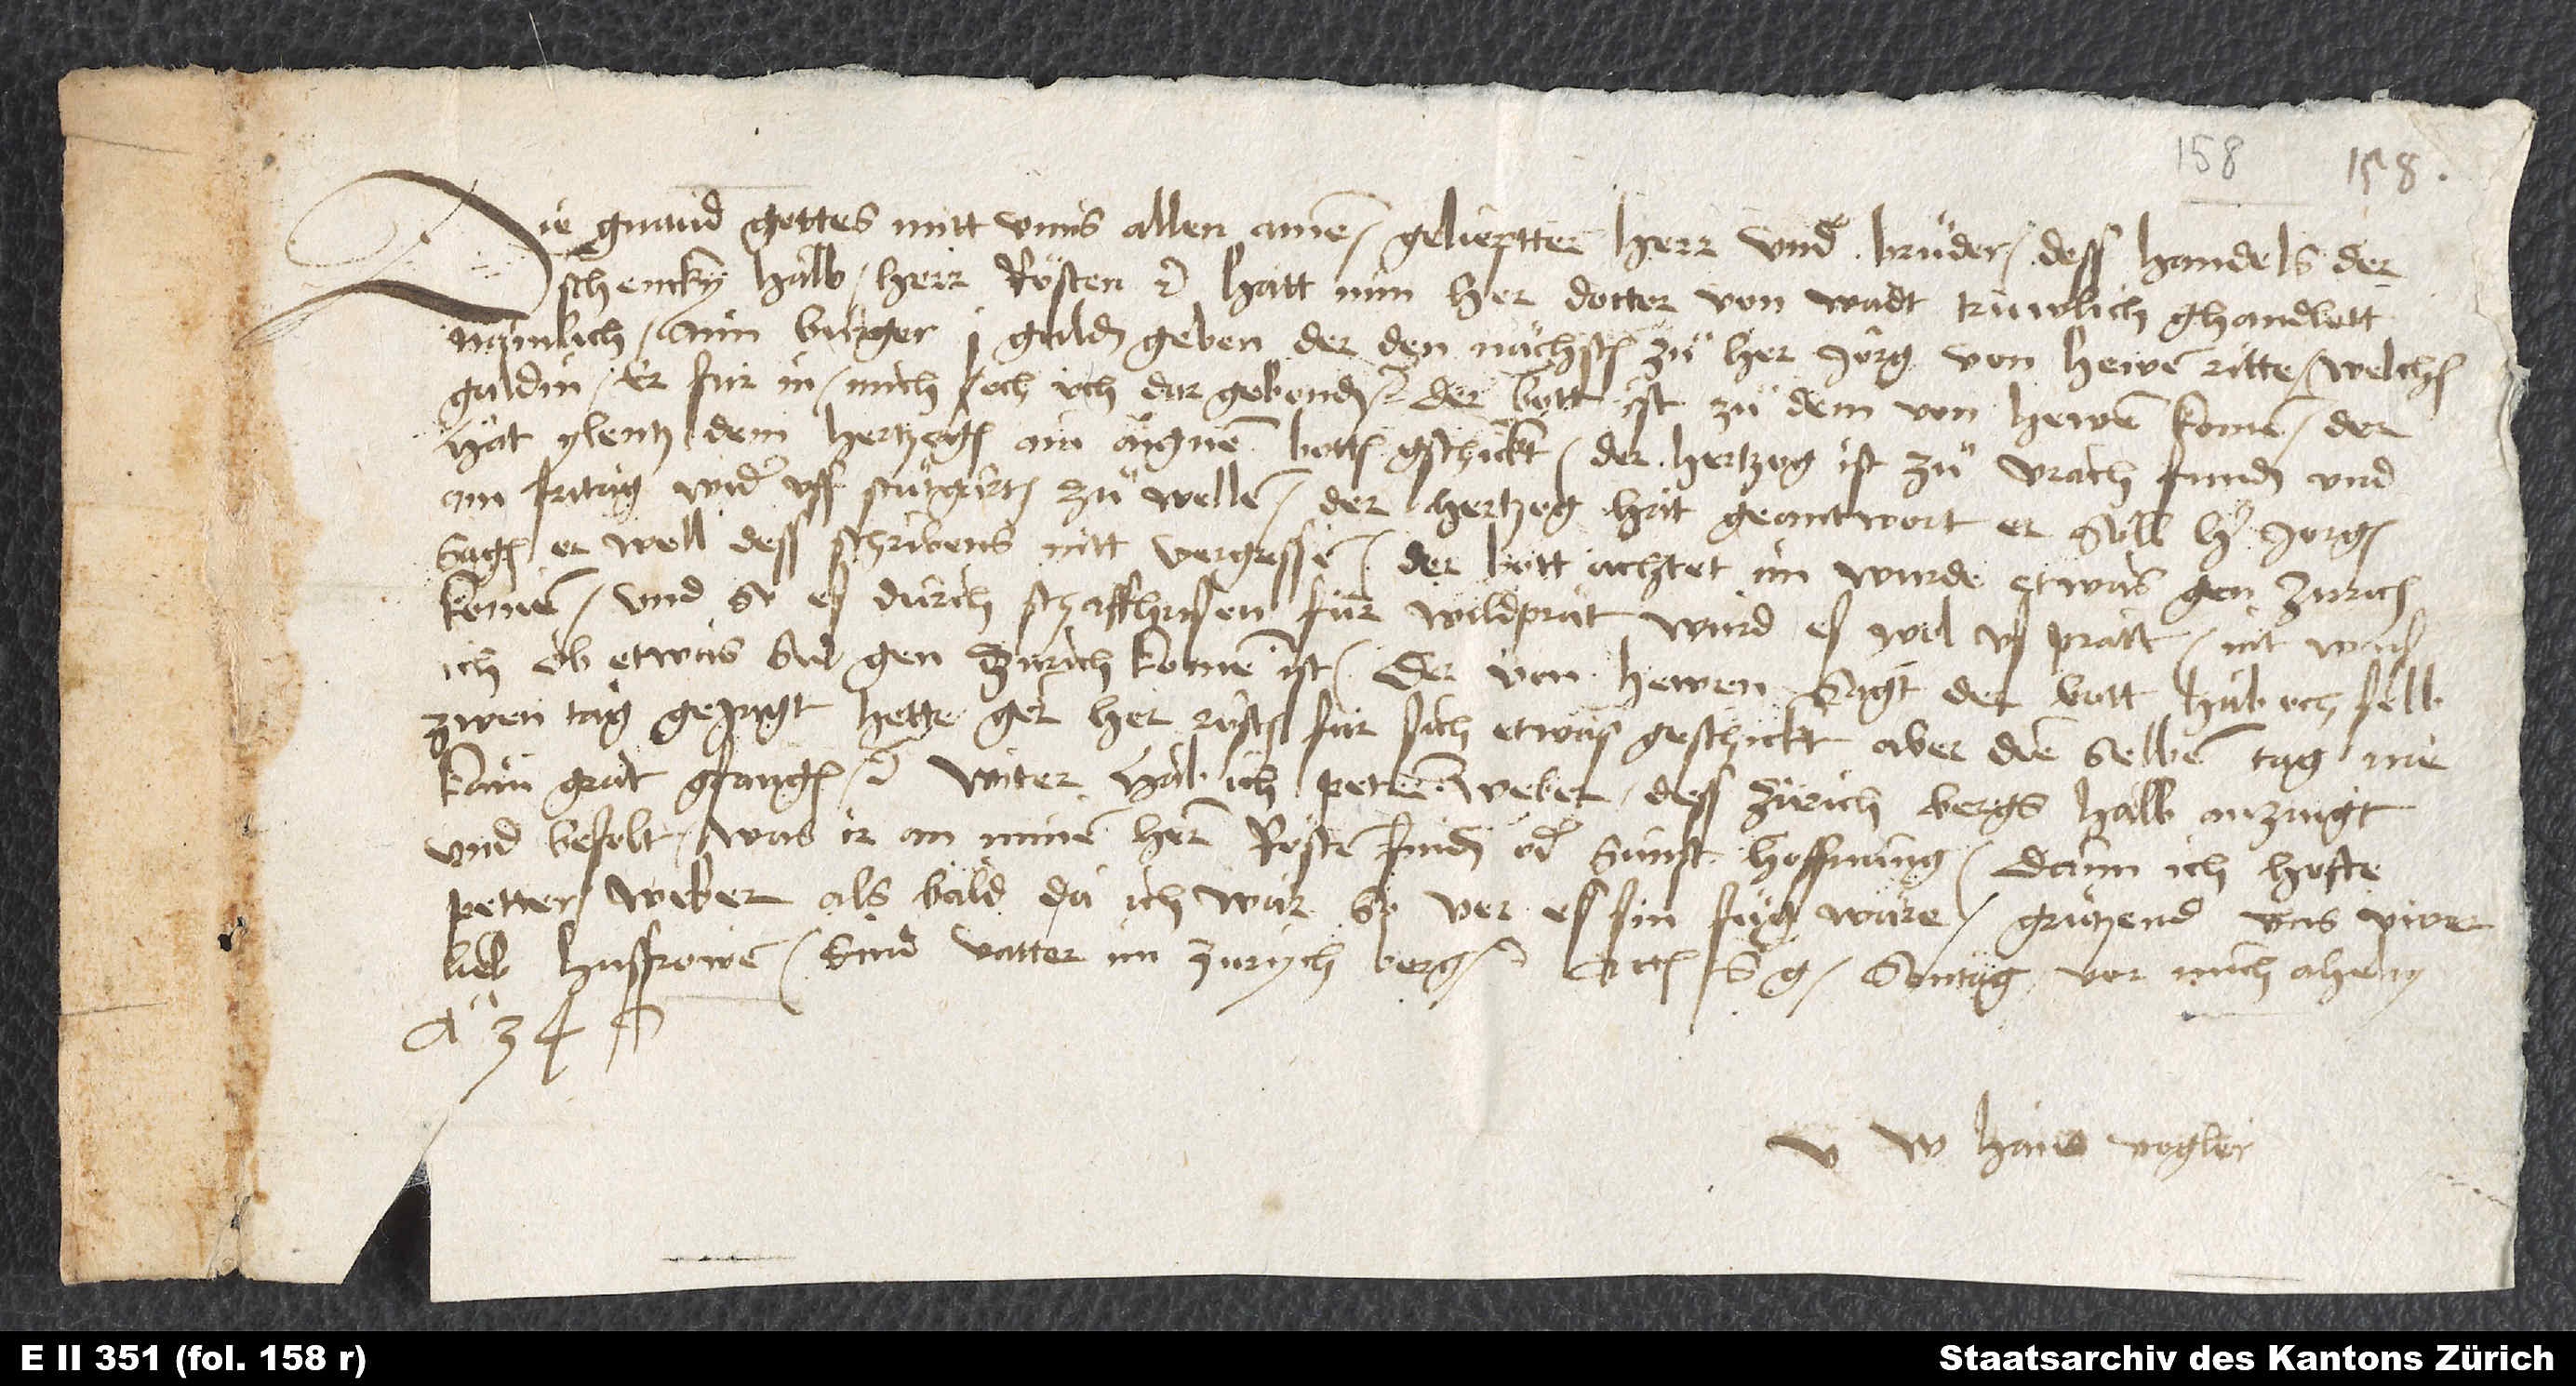
Die gnad gottes mitt unns allen. Amen. Gelieptter herr und bruͦder, dess handels der
schencky halb herr Rösten etc. hatt min her Docter von Wadt truwlich ghandlett,
namlich aim burger 1 gulden geben, der den nächsten zuͦ her Jörg von Hewen ritte, welchen
guldin er für in, mich och üch, dargebenden. Der bott ist zuͦ dem vonHewen komen. Der
hat ylentz dem hertzogen ain aignen botten gschickt. Der hertzog ist zuͦ Urach funden, und
am fritag wider uff Stuͦtgarten zuͦ wellen. Der hertzog hat geantwort, er söll her Jorgen
sagen, er well dess schribens nitt vergessen. Der bott achtet, im wurde etwas gen Zurich
komen, und so es durch Schaffhusen für wildprät, wurd es wol us prätt. Nit wais
ich, ob etwas sid gen Zurich komen ist. Der von Hewen, sagt der bott, hab och selb
zwen tag gejagt; hette gern her Rösten für sich etwas geschickt, aber dieselben tag nie
kain grät gfangen etc. Witer hab ich Petern Weber dess Zürichbergs halb anzaigt
und befelt, was er an minem hern Rösten finden, oder sunst hoffnung. Dann ich hofte
Petter Weber als bald, da ich wär, so ver es sin fuͦg wäre. Gruͤtzend uns üwer
lieb husfrowen, kind, vatter im Zürychberg etc. Actum S. G, sontag vor Michahely
34.
U Hans Vogler.